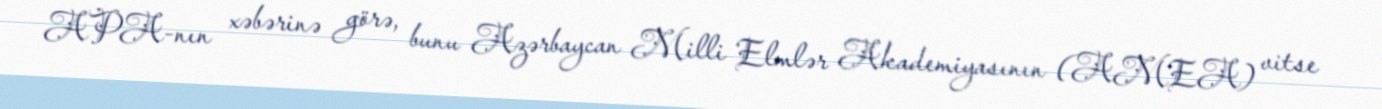
APA-nın xəbərinə görə, bunu Azərbaycan Milli Elmlər Akademiyasının (AMEA) vitse